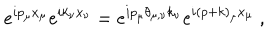
e ^ { i p _ { \mu } x _ { \mu } } e ^ { i k _ { \nu } x _ { \nu } } = e ^ { i p _ { \mu } \theta _ { \mu , \nu } k _ { \nu } } e ^ { i ( p + k ) _ { \mu } x _ { \mu } } ~ ,